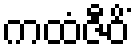
ကထံဇီဝိံ